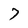
Character: 7